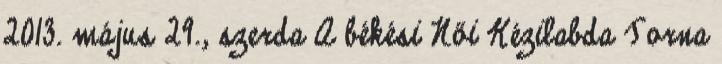
2013. május 29., szerda A békési Női Kézilabda Torna